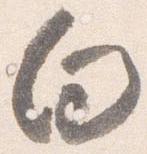
向